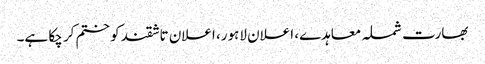
بھارت شملہ معاہدے، اعلان لاہور، اعلان تاشقند کو ختم کر چکا ہے۔